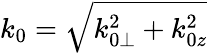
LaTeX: k_{0}=\sqrt{k_{0\perp}^{2}+k_{0z}^{2}}